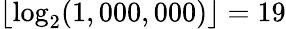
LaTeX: \lfloor\log_{2}(1,000,000)\rfloor=19